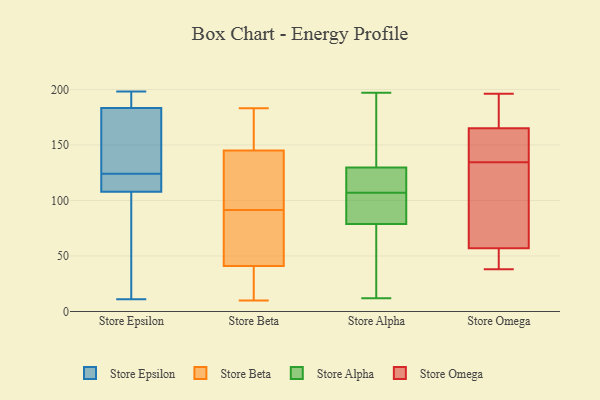
{"axis": {"x": "Energy Usage (MWh)", "y": "Value"}, "legend": ["Store Alpha", "Store Beta", "Store Epsilon", "Store Omega"], "data": [{"x": "", "y": 184, "type": "Store Epsilon"}, {"x": "", "y": 182, "type": "Store Epsilon"}, {"x": "", "y": 28, "type": "Store Epsilon"}, {"x": "", "y": 192, "type": "Store Epsilon"}, {"x": "", "y": 122, "type": "Store Epsilon"}, {"x": "", "y": 118, "type": "Store Epsilon"}, {"x": "", "y": 198, "type": "Store Epsilon"}, {"x": "", "y": 124, "type": "Store Epsilon"}, {"x": "", "y": 11, "type": "Store Epsilon"}, {"x": "", "y": 135, "type": "Store Epsilon"}, {"x": "", "y": 120, "type": "Store Epsilon"}, {"x": "", "y": 183, "type": "Store Epsilon"}, {"x": "", "y": 77, "type": "Store Epsilon"}, {"x": "", "y": 182, "type": "Store Beta"}, {"x": "", "y": 117, "type": "Store Beta"}, {"x": "", "y": 141, "type": "Store Beta"}, {"x": "", "y": 10, "type": "Store Beta"}, {"x": "", "y": 146, "type": "Store Beta"}, {"x": "", "y": 145, "type": "Store Beta"}, {"x": "", "y": 97, "type": "Store Beta"}, {"x": "", "y": 79, "type": "Store Beta"}, {"x": "", "y": 46, "type": "Store Beta"}, {"x": "", "y": 183, "type": "Store Beta"}, {"x": "", "y": 129, "type": "Store Beta"}, {"x": "", "y": 151, "type": "Store Beta"}, {"x": "", "y": 41, "type": "Store Beta"}, {"x": "", "y": 29, "type": "Store Beta"}, {"x": "", "y": 33, "type": "Store Beta"}, {"x": "", "y": 29, "type": "Store Beta"}, {"x": "", "y": 86, "type": "Store Beta"}, {"x": "", "y": 54, "type": "Store Beta"}, {"x": "", "y": 172, "type": "Store Alpha"}, {"x": "", "y": 111, "type": "Store Alpha"}, {"x": "", "y": 100, "type": "Store Alpha"}, {"x": "", "y": 187, "type": "Store Alpha"}, {"x": "", "y": 24, "type": "Store Alpha"}, {"x": "", "y": 105, "type": "Store Alpha"}, {"x": "", "y": 131, "type": "Store Alpha"}, {"x": "", "y": 107, "type": "Store Alpha"}, {"x": "", "y": 126, "type": "Store Alpha"}, {"x": "", "y": 12, "type": "Store Alpha"}, {"x": "", "y": 197, "type": "Store Alpha"}, {"x": "", "y": 74, "type": "Store Alpha"}, {"x": "", "y": 21, "type": "Store Alpha"}, {"x": "", "y": 125, "type": "Store Alpha"}, {"x": "", "y": 93, "type": "Store Alpha"}, {"x": "", "y": 94, "type": "Store Omega"}, {"x": "", "y": 119, "type": "Store Omega"}, {"x": "", "y": 188, "type": "Store Omega"}, {"x": "", "y": 57, "type": "Store Omega"}, {"x": "", "y": 60, "type": "Store Omega"}, {"x": "", "y": 47, "type": "Store Omega"}, {"x": "", "y": 165, "type": "Store Omega"}, {"x": "", "y": 62, "type": "Store Omega"}, {"x": "", "y": 196, "type": "Store Omega"}, {"x": "", "y": 187, "type": "Store Omega"}, {"x": "", "y": 161, "type": "Store Omega"}, {"x": "", "y": 159, "type": "Store Omega"}, {"x": "", "y": 150, "type": "Store Omega"}, {"x": "", "y": 38, "type": "Store Omega"}, {"x": "", "y": 189, "type": "Store Omega"}, {"x": "", "y": 49, "type": "Store Omega"}, {"x": "", "y": 47, "type": "Store Omega"}, {"x": "", "y": 165, "type": "Store Omega"}]}